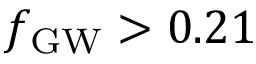
\ensuremath { f _ { \mathrm { G W } } } > 0 . 2 1